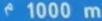
1000 m